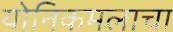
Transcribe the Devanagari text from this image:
योनिकमलाचा